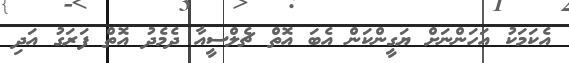
އެކަމަކު އަހަންނަށް ޔަގީންކަން އެބަ އޮތް ޗެލްސީއާ ދެމެދު އޮތް ފަރަގު އަދި